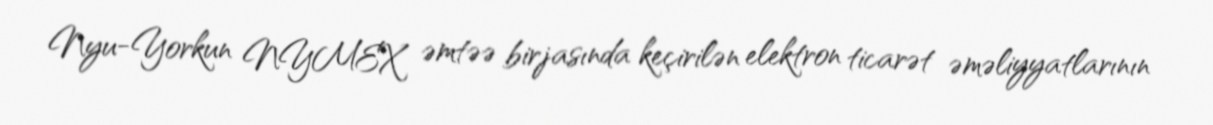
Nyu-Yorkun NYMEX əmtəə birjasında keçirilən elektron ticarət əməliyyatlarının